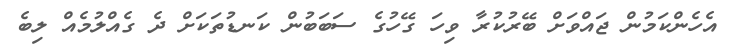
އެހެންކަމުން ޖައްވަށް ބޭރުކުރާ ވިހަ ގޭހުގެ ސަބަބުން ކަނޑުތަކަށް ދެ ގެއްލުމެއް ލިބެ